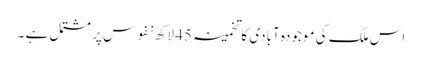
اس ملک کی موجودہ آبادی کا تخمینہ 45 لاکھ نفوس پر مشتمل ہے ۔